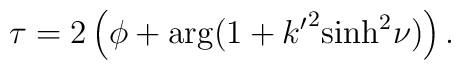
\tau = 2 \left( \phi + \arg (1 + {k^{\prime}}^2 {\sinh}^2 \nu)\right) .